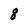
Character: 8